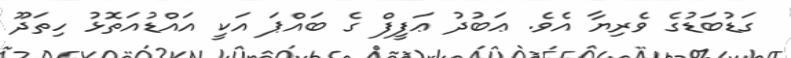
ގަޑުބަޑުގެ ވެރިޔާ އެވެ. ޢަބުދު ޢަފީފް ގެ ބައްޕަ އަކީ އައްޑުއަތޮޅު ހިތަދޫ